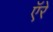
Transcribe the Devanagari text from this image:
ऍरे